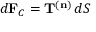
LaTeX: d \mathbf { F } _ { C } = \mathbf { T } ^ { ( \mathbf { n } ) } \, d S